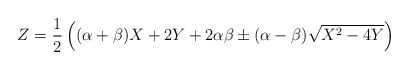
\begin{align*}Z= \frac{1}{2} \left ( (\alpha+\beta)X +2Y +2\alpha\beta \pm(\alpha -\beta) \sqrt{X^2 -4Y} \right )\end{align*}